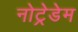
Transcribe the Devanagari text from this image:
नोट्रेडेम